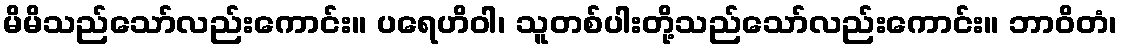
မိမိသည်သော်လည်းကောင်း။ ပရေဟိဝါ၊ သူတစ်ပါးတို့သည်သော်လည်းကောင်း။ ဘာဝိတံ၊